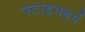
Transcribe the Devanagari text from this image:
स्टाइनबर्ग